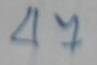
47